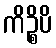
ကိဉ္စိပိ